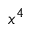
x ^ { 4 }